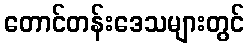
တောင်တန်းဒေသများတွင်